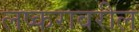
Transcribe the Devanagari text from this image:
लष्करावरील